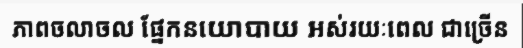
ភាពចលាចល ផ្នែកនយោបាយ អស់រយៈពេល ជាច្រើន